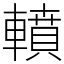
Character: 轒